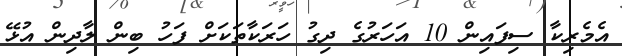
އެމެރިކާ ސިފައިން 10 އަހަރުގެ ދިގު ހަރަކާތަކަށް ފަހު ބިން ލާދިން އުޅޭ